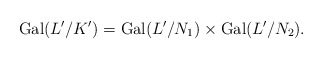
\begin{align*} {\rm Gal}(L'/K')={\rm Gal}(L'/N_1)\times{\rm Gal}(L'/N_2).\end{align*}